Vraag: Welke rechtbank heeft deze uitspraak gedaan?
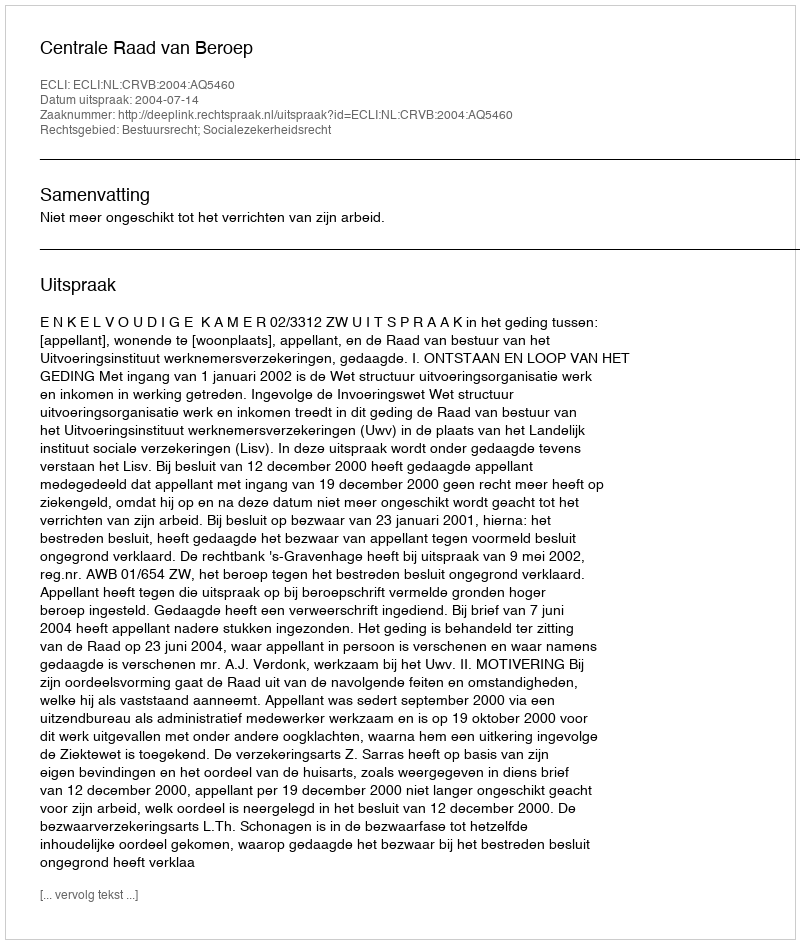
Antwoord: Centrale Raad van Beroep